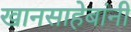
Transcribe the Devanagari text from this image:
खानसाहेबांनी